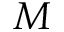
M